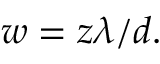
w = z \lambda / d .